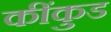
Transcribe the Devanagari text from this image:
कींकुड